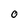
Character: 0